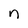
Character: n